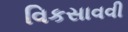
વિકસાવવી